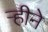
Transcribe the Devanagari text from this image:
ऱ्हीने